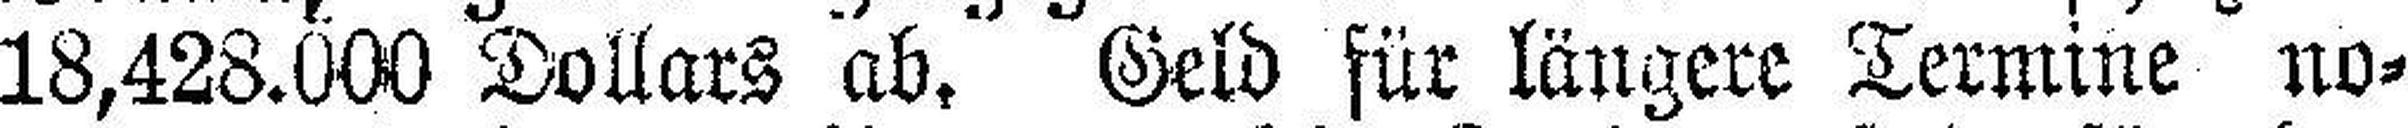
18,428.000 Dollars ab. Geld für längere Termine no¬